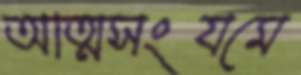
আত্মসংযমে